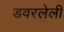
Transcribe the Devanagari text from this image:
डवरलेली